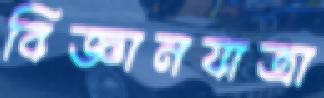
বিজ্ঞানযাত্রা